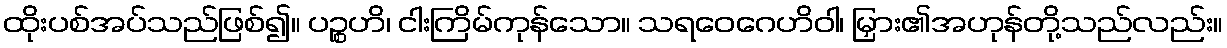
ထိုးပစ်အပ်သည်ဖြစ်၍။ ပဉ္စဟိ၊ ငါးကြိမ်ကုန်သော။ သရဝေဂေဟိဝါ၊ မြှား၏အဟုန်တို့သည်လည်း။